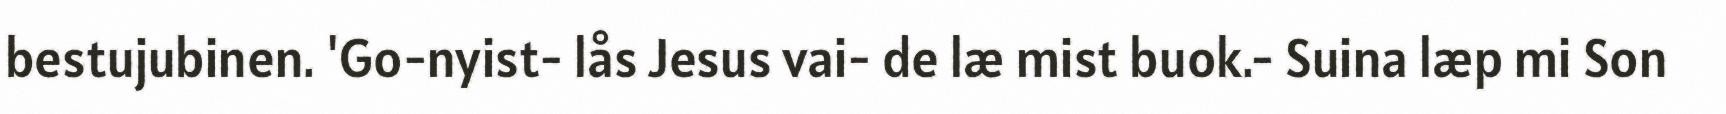
bestujubinen. 'Go-nyist- lås Jesus vai- de læ mist buok.- Suina læp mi Son